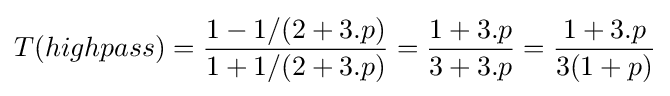
T(highpass)={\frac {1-1/(2+3.p)}{1+1/(2+3.p)}}={\frac {1+3.p}{3+3.p}}={\frac {1+3.p}{3(1+p)}}